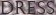
DRESS